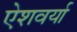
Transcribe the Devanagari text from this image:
ऐशवर्या